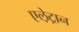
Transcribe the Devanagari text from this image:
एले़ट्रान